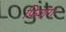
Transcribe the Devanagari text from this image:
फ़िशंग